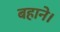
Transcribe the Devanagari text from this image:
बहाने।